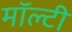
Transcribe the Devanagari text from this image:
मॉल्टी